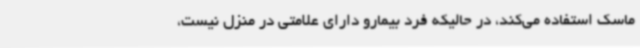
ماسک استفاده می‌کند، در حالیکه فرد بیمارو دارای علامتی در منزل نیست،